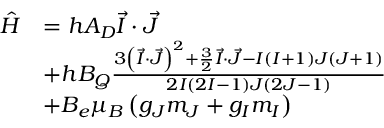
\begin{array} { r l } { \hat { H } } & { = h A _ { D } \vec { I } \cdot \vec { J } } \\ & { + h B _ { Q } \frac { 3 \left( \vec { I } \cdot \vec { J } \right) ^ { 2 } + \frac { 3 } { 2 } \vec { I } \cdot \vec { J } - I \left( I + 1 \right) J \left( J + 1 \right) } { 2 I \left( 2 I - 1 \right) J \left( 2 J - 1 \right) } } \\ & { + B _ { e } \mu _ { B } \left( g _ { J } m _ { J } + g _ { I } m _ { I } \right) } \end{array}